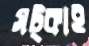
সট্‌কাই